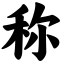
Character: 称